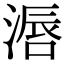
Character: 滣